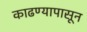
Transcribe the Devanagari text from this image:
काढण्यापासून